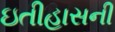
ઇતીહાસની